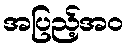
အပြည့်အဝ